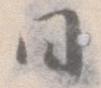
日